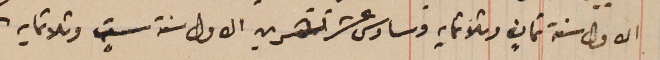
الاول سنة ثمانٍ وثلاثمايه وسادس عشر تشرين الاول سنة ستٍ وثلاثمايه.